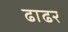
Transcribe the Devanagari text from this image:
ढाढर